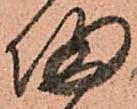
帰